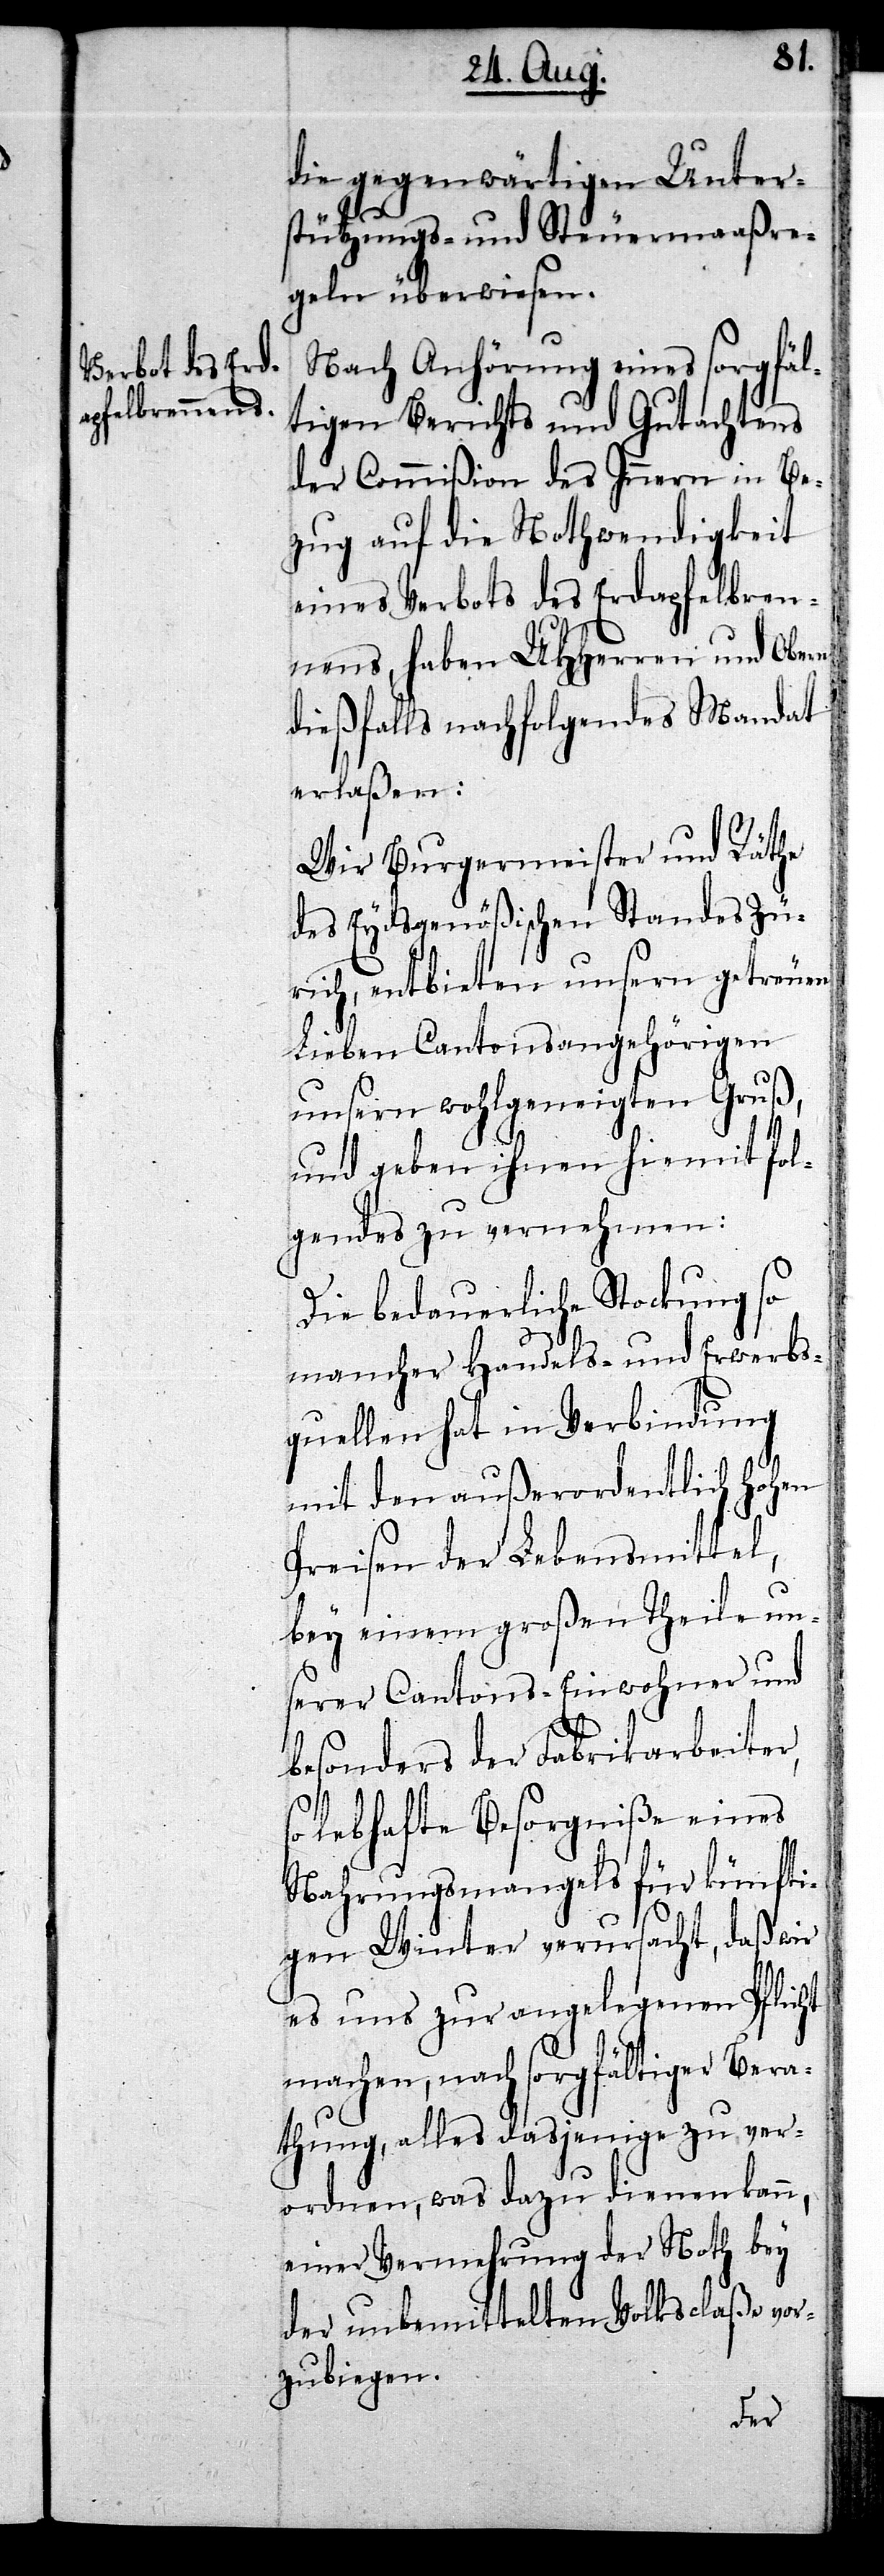
die gegenwärtigen Unter¬
stützungs- und Steuermaaßre¬
geln überwiesen.
Nach Anhörung eines sorgfäl¬
tigen Berichts und Gutachtens
der Commißion des Innern in Be¬
zug auf die Nothwendigkeit
eines Verbots des Erdapfelbren¬
nens, haben UHHerren und Obern
dießfalls nachfolgendes Mandat
erlaßen:
Wir Burgermeister und Räthe
des Eydsgenößischen Standes Zü¬
rich, entbieten unsern getreuen
Lieben Cantonsangehörigen
unsern wohlgeneigten Gruß,
und geben ihnen hiemit fol¬
gendes zu vernehmen:
Die bedauerliche Stockung so
mancher Handels- und Erwerbs¬
quellen hat in Verbindung
mit den außerordentlich hohen
Preisen der Lebensmittel,
bey einem großen Theile un¬
serer Cantons-Einwohner und
n,
besonders der Fabrikarbeiter,
so lebhafte Besorgniße eines
Nahrungsmangels für künfti¬
gen Winter verursacht, daß wir
es uns zur angelegenen Pflicht
machen, nach sorgfältiger Bera¬
thung, alles dasjenige zu ver¬
ordnen, was dazu dienen kan¬
einer Vermehrung der Noth bey
der unbemittelten Volksclaße vor¬
zubiegen.